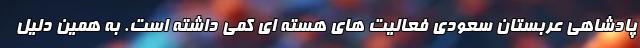
پادشاهی عربستان سعودی فعالیت های هسته ای کمی داشته است. به همین دلیل